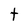
Character: t